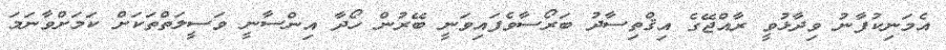
އެމަނިކުފާނު ވިދާޅުވީ ރާއްޖޭގެ އިޤްތިސާދު ބަރޯސާވެފައިވަނީ ބޭރުން ހޯދާ އިންސާނީ ވަސީލަތްތަކަށް ކަމަށްވާނަމަ